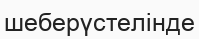
шеберүстелінде